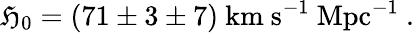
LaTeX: \mathfrak{H}_{0}=(71\pm3\pm7)\ \mathrm{{km\ s^{-1}\ Mpc^{-1}}}\ .